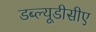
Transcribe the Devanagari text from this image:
डब्ल्यूडीसीए